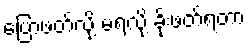
ပြောဖတ်လို့ မရလို့ ခိုးဖတ်ရတာ